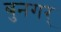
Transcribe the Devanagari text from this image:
बुनगर्